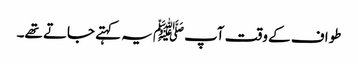
طواف کے وقت آپﷺ یہ کہتے جاتے تھے۔